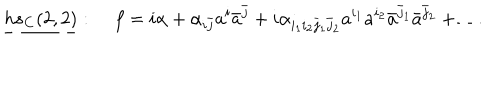
\underline { { { h s _ { \bf C } ( 2 , 2 ) } } } : \; f = i \alpha + \alpha _ { i \bar { j } } a ^ { i } \bar { a } ^ { \bar { j } } + i \alpha _ { i _ { 1 } i _ { 2 } \bar { j } _ { 1 } \bar { j } _ { 2 } } a ^ { i _ { 1 } } a ^ { i _ { 2 } } \bar { a } ^ { \bar { j } _ { 1 } } \bar { a } ^ { \bar { j } _ { 2 } } + \ldots